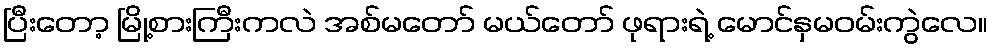
ပြီးတော့ မြို့စားကြီးကလဲ အစ်မတော် မယ်တော် ဖုရားရဲ့ မောင်နှမဝမ်းကွဲလေ။